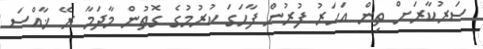
ސަރުކާރަށް ތިން އަހަރު ފުރުން ފާހަގަ ކުރުމުގެ ގޮތުން މާދަމާ ރޭ ޚާއްސަ